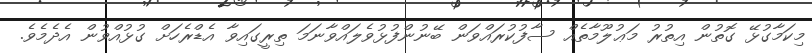
މިކަމާގުޅޭ ގޮތުން އިތުރު މަޢުލޫމާތެއް ސާފުކުރައްވަން ބޭނުންފުޅުވެލައްވާނަމަ ތިރީގައިވާ އެޑްރެހަށް ގުޅުއްވުން އެދެމެވެ.